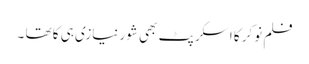
فلم نوکر کا اسکرپٹ بھی شور نیازی ہی کا تھا ۔